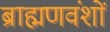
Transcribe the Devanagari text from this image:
ब्राह्मणवंशों